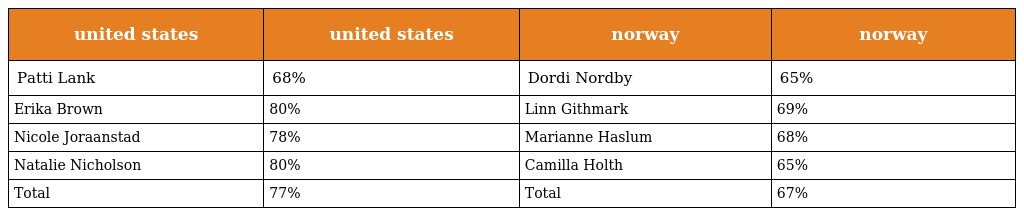
| united states | united states | norway | norway |
 | --- | --- | --- | --- |
 | Patti Lank | 68% | Dordi Nordby | 65% |
 | Erika Brown | 80% | Linn Githmark | 69% |
 | Nicole Joraanstad | 78% | Marianne Haslum | 68% |
 | Natalie Nicholson | 80% | Camilla Holth | 65% |
 | Total | 77% | Total | 67% |